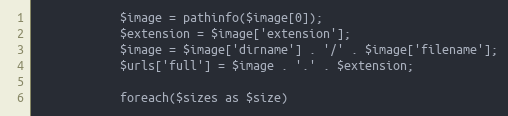
Language: PHP
            $image = pathinfo($image[0]);
            $extension = $image['extension'];
            $image = $image['dirname'] . '/' . $image['filename'];
            $urls['full'] = $image . '.' . $extension;

            foreach($sizes as $size)